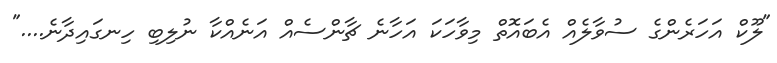
"ލޫކް އަހަރެންގެ ސުވާލެއް އެބައޮތް މިވާހަކަ އަހާނެ ޗާންސެއް އަނެއްކާ ނުލިބި ހިނގައިދާނެ...."